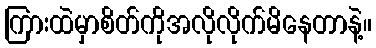
ကြားထဲမှာစိတ်ကိုအလိုလိုက်မိနေတာနဲ့။